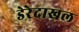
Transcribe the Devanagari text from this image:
डेरेदाखल